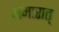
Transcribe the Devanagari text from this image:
अमारात्